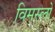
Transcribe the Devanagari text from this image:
विमस्लो